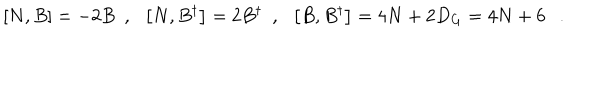
\left[ N , B \right] = - 2 B \ \ , \ \ \left[ N , B ^ { \dagger } \right] = 2 B ^ { \dagger } \ \ , \ \ \left[ B , B ^ { \dagger } \right] = 4 N + 2 D _ { G } = 4 N + 6 \ \ \ .